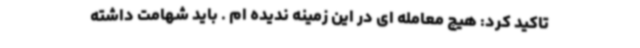
تاکید کرد: هیچ معامله ای در این زمینه ندیده ام . باید شهامت داشته